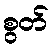
စွတ်